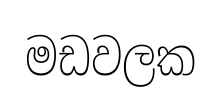
මඩවලක